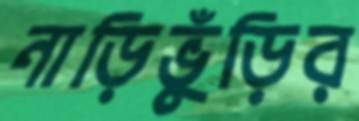
নাড়িভুঁড়ির